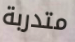
متدربة